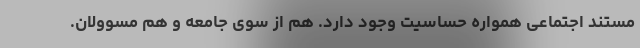
مستند اجتماعی همواره حساسیت‌ وجود دارد. هم از سوی جامعه و هم مسوولان.